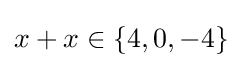
x+x\in \lbrace 4,0,-4\rbrace